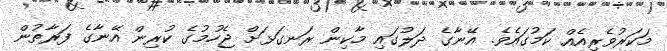
މަކަރުވެރިއެއް ކަމުގައެވެ. އޭނާގެ ދަލުގައި މާކިން ރަނގަޅަށް ޖެހުމުގެ ކުރިން އޭނާގެ ފަރާތުން